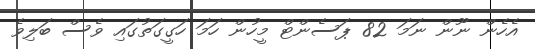
އެހެން ނޫން ނަމަ 82 ޕަސެންޓް މީހުން ހަމަ ހަގީގަތުގައި ވެސް ބަލިވެ